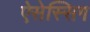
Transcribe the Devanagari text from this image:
ऐसेस्सिग